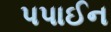
પપાઈન